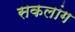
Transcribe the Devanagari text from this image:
सकलांग